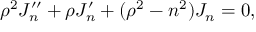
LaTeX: \rho ^ { 2 } J _ { n } ^ { \prime \prime } + \rho J _ { n } ^ { \prime } + ( \rho ^ { 2 } - n ^ { 2 } ) J _ { n } = 0 ,